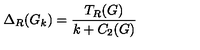
\Delta _ { R } ( G _ { k } ) = \frac { T _ { R } ( G ) } { k + C _ { 2 } ( G ) }